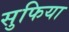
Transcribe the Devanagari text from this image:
सुफिया